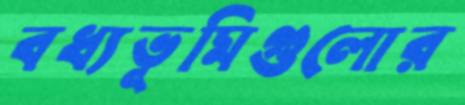
বধ্যভূমিগুলোর